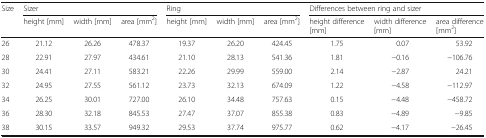
<table><thead><tr><td rowspan="2"><b>Size</b></td><td colspan="3"><b>Sizer</b></td><td colspan="3"><b>Ring</b></td><td colspan="3"><b>Differences between ring and sizer</b></td></tr><tr><td><b>height [mm]</b></td><td><b>width [mm]</b></td><td><b>area [mm<sup>2</sup>]</b></td><td><b>height [mm]</b></td><td><b>width [mm]</b></td><td><b>area [mm<sup>2</sup>]</b></td><td><b>height difference [mm]</b></td><td><b>width difference [mm]</b></td><td><b>area difference [mm<sup>2</sup>]</b></td></tr></thead><tbody><tr><td>26</td><td>21.12</td><td>26.26</td><td>478.37</td><td>19.37</td><td>26.20</td><td>424.45</td><td>1.75</td><td>0.07</td><td>53.92</td></tr><tr><td>28</td><td>22.91</td><td>27.97</td><td>434.61</td><td>21.10</td><td>28.13</td><td>541.36</td><td>1.81</td><td>−0.16</td><td>−106.76</td></tr><tr><td>30</td><td>24.41</td><td>27.11</td><td>583.21</td><td>22.26</td><td>29.99</td><td>559.00</td><td>2.14</td><td>−2.87</td><td>24.21</td></tr><tr><td>32</td><td>24.95</td><td>27.55</td><td>561.12</td><td>23.73</td><td>32.13</td><td>674.09</td><td>1.22</td><td>−4.58</td><td>−112.97</td></tr><tr><td>34</td><td>26.25</td><td>30.01</td><td>727.00</td><td>26.10</td><td>34.48</td><td>757.63</td><td>0.15</td><td>−4.48</td><td>−458.72</td></tr><tr><td>36</td><td>28.30</td><td>32.18</td><td>845.53</td><td>27.47</td><td>37.07</td><td>855.38</td><td>0.83</td><td>−4.89</td><td>−9.85</td></tr><tr><td>38</td><td>30.15</td><td>33.57</td><td>949.32</td><td>29.53</td><td>37.74</td><td>975.77</td><td>0.62</td><td>−4.17</td><td>−26.45</td></tr></tbody></table>